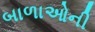
બાળાઓની